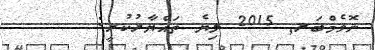
ނޮވެމްބަރ